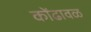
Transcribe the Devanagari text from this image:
कोंढावळ